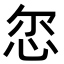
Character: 𢘞